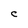
Character: C